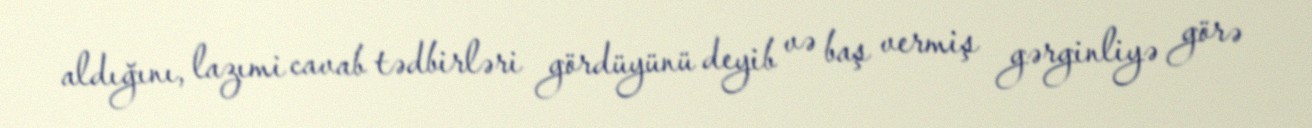
aldığını, lazımi cavab tədbirləri gördüyünü deyib və baş vermiş gərginliyə görə